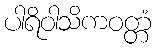
ပါရိဝါသိကဝတ္တံ